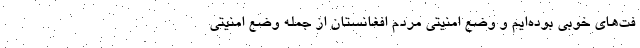
فت‌های خوبی بوده‌ایم و وضع امنیتی مردم افغانستان از جمله وضع امنیتی